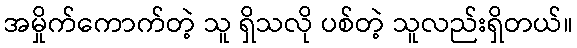
အမှိုက်ကောက်တဲ့ သူ ရှိသလို ပစ်တဲ့ သူလည်းရှိတယ်။